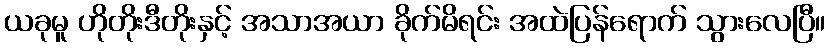
ယခုမူ ဟိုတိုးဒီတိုးနှင့် အသာအယာ ခိုက်မိရင်း အထဲပြန်ရောက် သွားလေပြီ။